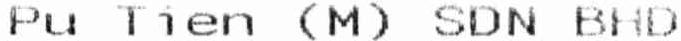
PU TIEN (M) SDN BHD